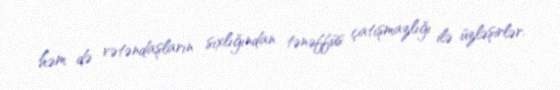
həm də vətəndaşların sıxlığından tənəffüs çatışmazlığı ilə üzləşirlər.